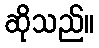
ဆိုသည်။